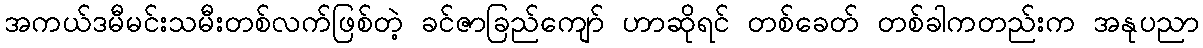
အကယ်ဒမီမင်းသမီးတစ်လက်ဖြစ်တဲ့ ခင်ဇာခြည်ကျော် ဟာဆိုရင် တစ်ခေတ် တစ်ခါကတည်းက အနုပညာ